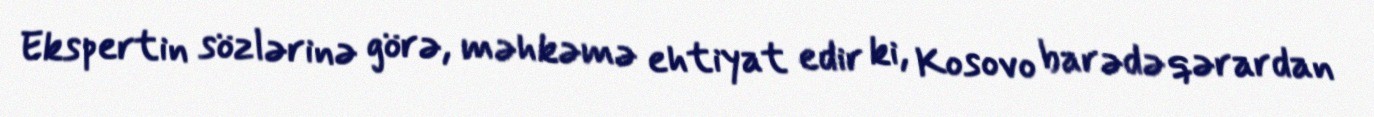
Ekspertin sözlərinə görə, məhkəmə ehtiyat edir ki, Kosovo barədə qərardan